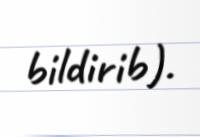
bildirib).